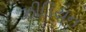
ઝીડિયન